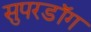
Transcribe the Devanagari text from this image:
सुपरडॉग